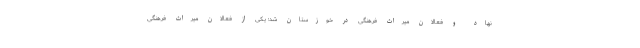
نهاد و فعالان میراث فرهنگی در خوزستان شد؛ یکی از فعالان میراث فرهنگی